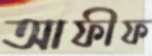
আফীফ